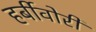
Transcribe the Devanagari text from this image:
हर्बीवोरी